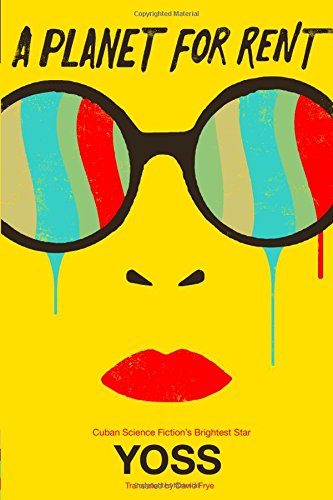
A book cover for A Planet for Rent; Yoss; Science Fiction & Fantasy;